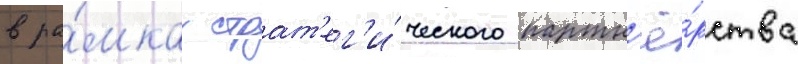
в ра́мках страт'ег'и́ческого партн'ё́рства